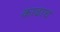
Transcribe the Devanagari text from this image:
काढाच